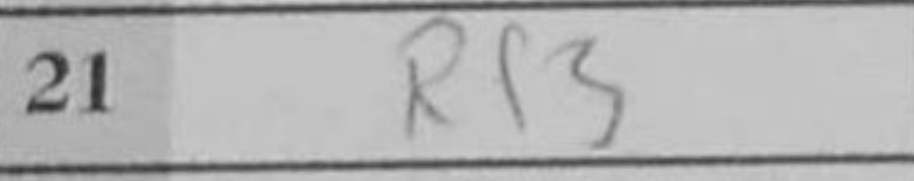
Transcription: Rf3